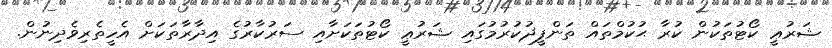
ޝަރުޢީ ކޯޓުތަކުން ކުރާ ޙުކުމްތައް ތަންފީޛުކުރުމުގައި ޝަރުޢީ ކޯޓުތަކަށާއި ސަރުކާރުގެ އިދާރާތަކަށް އެހީތެރިވެދިނުން.